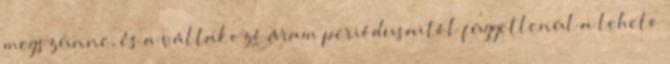
megszûnne, és a váltakozó áram periódusaitól függetlenül a lehetõ